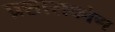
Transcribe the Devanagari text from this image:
प्रशासकोण